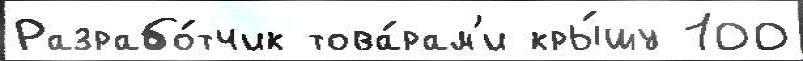
Разрабо́тчик това́рам'и кры́шу 100